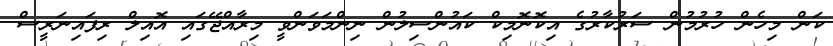
ކަން މިހެން ހުރުމުން ސަރުކާރުގެ އިކޮނޮމިކް ކައުންސިލުން ނިންމަވަންވީ މިރާއްޖޭގައި އޮއިލް ރިފައިނަރީސް